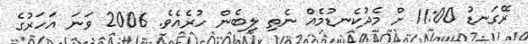
ރޭގަނޑު 11:00 ށް މެދުކެނޑުމެއް ނެތި ލިބެން ހުރެއެވެ. 2006 ވަނަ އަހަރުގެ